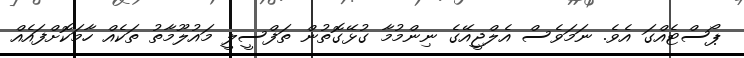
ޕޯސްޓެއްގަ އެވެ. ނަމަވެސް އެލްޖީއޭގެ ނިންމުމާ ގުޅޭގޮތުން ތަފްސީލީ މައުލޫމާތު ތަކެއް ހާމަކޮށްފައެއް